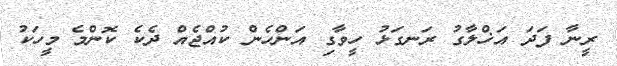
ރީނާ ފަދަ އަޚްލާގު ރަނގަޅު ހީވާގި އަންހެން ކުއްޖެއް ދެކެ ކޮންމެ މީހަކު